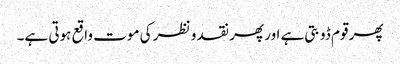
پھر قوم ڈوبتی ہے اور پھر نقد و نظر کی موت واقع ہوتی ہے۔